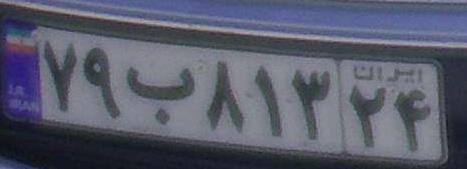
۷۹ب۸۱۳۲۴